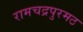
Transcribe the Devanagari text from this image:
रामचद्रपुरमठ